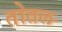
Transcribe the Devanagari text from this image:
तोतल